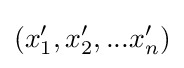
(x'_{1},x'_{2},...x'_{n})